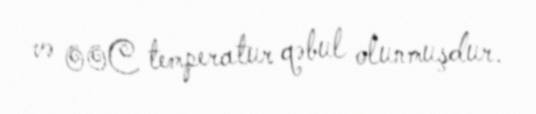
və 00C temperatur qəbul olunmuşdur.